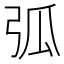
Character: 弧